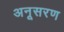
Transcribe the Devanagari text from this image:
अनूसरण